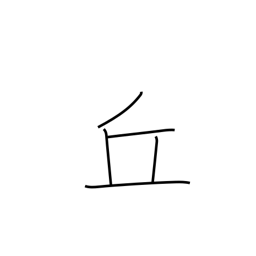
Meaning: hill